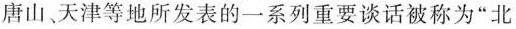
唐山天津等地所发表的一系列重要谈话被称为”北